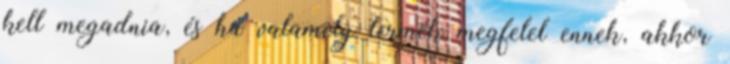
kell megadnia, és ha valamely termék megfelel ennek, akkor